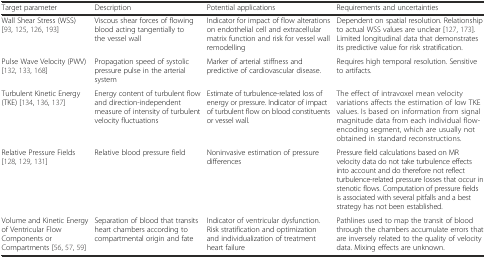
| Target parameter | Description | Potential applications | Requirements and uncertainties |
 | --- | --- | --- | --- |
 | Wall Shear Stress (WSS) [93, 125, 126, 193] | Viscous shear forces of flowing blood acting tangentially to the vessel wall | Indicator for impact of flow alterations on endothelial cell and extracellular matrix function and risk for vessel wall remodelling | Dependent on spatial resolution. Relationship to actual WSS values are unclear [127, 173]. Limited longitudinal data that demonstrates its predictive value for risk stratification. |
 | Pulse Wave Velocity (PWV) [132, 133, 168] | Propagation speed of systolic pressure pulse in the arterial system | Marker of arterial stiffness and predictive of cardiovascular disease. | Requires high temporal resolution. Sensitive to artifacts. |
 | Turbulent Kinetic Energy (TKE) [134, 136, 137] | Energy content of turbulent flow and direction-independent measure of intensity of turbulent velocity fluctuations | Estimate of turbulence-related loss of energy or pressure. Indicator of impact of turbulent flow on blood constituents or vessel wall. | The effect of intravoxel mean velocity variations affects the estimation of low TKE values. Is based on information from signal magnitude data from each individual flow-encoding segment, which are usually not obtained in standard reconstructions. |
 | Relative Pressure Fields [128, 129, 131] | Relative blood pressure field | Noninvasive estimation of pressure differences | Pressure field calculations based on MR velocity data do not take turbulence effects into account and do therefore not reflect turbulence-related pressure losses that occur in stenotic flows. Computation of pressure fields is associated with several pitfalls and a best strategy has not been established. |
 | Volume and Kinetic Energy of Ventricular Flow Components or Compartments [56, 57, 59] | Separation of blood that transits heart chambers according to compartmental origin and fate | Indicator of ventricular dysfunction. Risk stratification and optimization and individualization of treatment heart failure | Pathlines used to map the transit of blood through the chambers accumulate errors that are inversely related to the quality of velocity data. Mixing effects are unknown. |